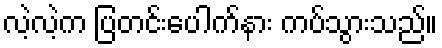
လဲ့လဲ့က ပြတင်းပေါက်နား ကပ်သွားသည်။